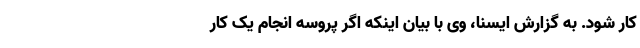
کار شود. به گزارش ایسنا، وی با بیان اینکه اگر پروسه انجام یک کار